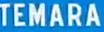
TEMARA